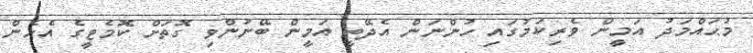
މުޙައްމަދު އަމީން ވެރިކަމުގައި ހުންނަން އެދޭތީ އަމީން ބޭނުންވި ގޮތަށް ކޮމެޓީގެ އެހެން